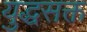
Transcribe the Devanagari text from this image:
युद्धसक्त